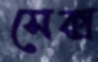
সেক্স